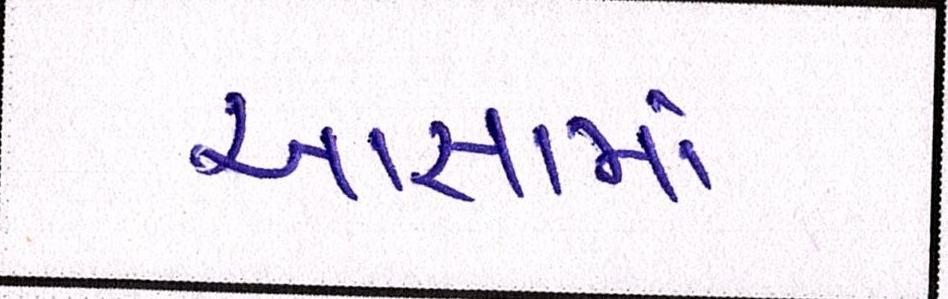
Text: આજ્ઞામાં